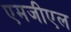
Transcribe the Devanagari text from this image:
एमजीएल